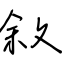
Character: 敘